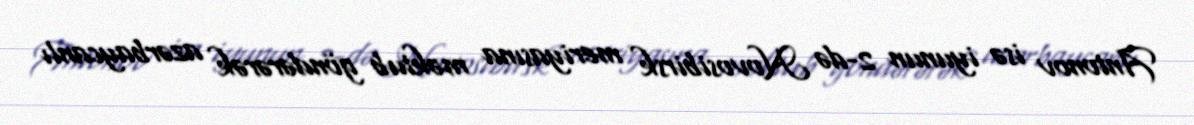
Antonov isə iyunun 2-də Novosibirsk meriyasına məktub göndərərək azərbaycanlı